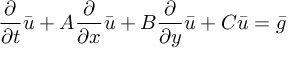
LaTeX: { \frac { \partial } { \partial t } } { \bar { u } } + A { \frac { \partial } { \partial x } } { \bar { u } } + B { \frac { \partial } { \partial y } } { \bar { u } } + C { \bar { u } } = { \bar { g } }